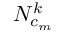
N _ { c _ { m } } ^ { k }